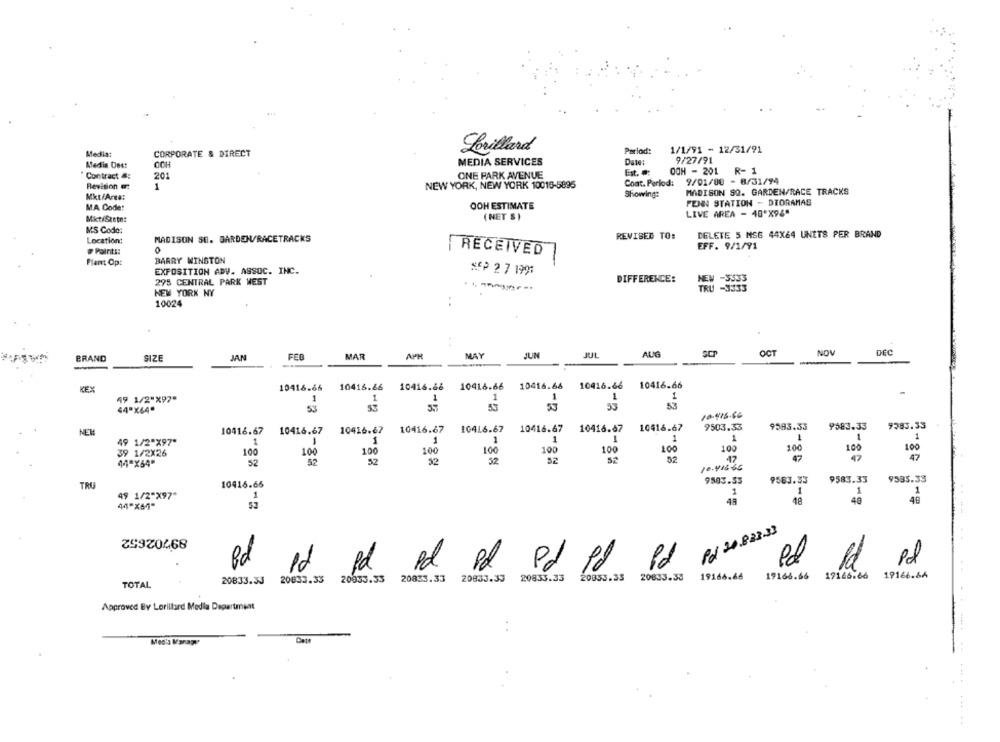
1/1/91 - 12/31/91
Media:
CORPORATE & DIRECT
Lorillard
Period:
OCH
MEDIA SERVICES
Date:
9/27/91
Medin Dest
OCH - 201
R- 1
Contract :
201
ONE PARK AVENUE
Ext. .
Revision :
1
NEW YORK, NEW YORK 10016-5895
Coat. Period:
9/01/00 - 8/31/94
Showing:
MADISON SQ. GARDEN/RACE TRACKS
Mkt/Area:
M.A. Code:
OOH ESTIMATE
PENN STATION - DIORAMAS
LIVE AREA - 40"X94"
Mkt/Szttnt
(NET S )
MS Code:
MADISON SO. GARDEN/RACETRACKS
REVISED TO:
DELETE 5 MSG 44X64 UNITS PER BRAND
Location:
# Point !:
0
EFF. 9/1/91
BARRY WINSTON
RECEIVED
Plant Op:
EXPOSITION ADV. ASSOC. INC.
SEP 2 7 1991
295 CENTRAL PARK WEST
DIFFERENCE:
NEW -3535
TRU -3333
NEW YORK NY
10024
BRAND
JAN
FEB
MAR
MAY
JUN
JUL
AUG
SCP
OCT
NOV
DEC
SIZE
10416.68
10416.66 10416.68 10416.66
10416.66
KEX
10416.66
10416.66
49 1/2"X97"
1
1
1
1
1
1
44"X64"
53
53
53
53
10.415.66
NEM
10416.67
10416.67
10416.67
10416.67
10416.67
10416.67
10416.67
10416.67
9503.33
9583.33
9583.33
9383.33
1
1
1
1
1
49 1/2"X97"
1
1
1
1
10€
100
39 1/2X26
100
100
100
100
100
100
100
100
100
100
52
52
32
32
52
12
47
47
47
44"X64"
52
10.416.65
9583.55
9583.33
9583.33
9585.33
TRU
10416.66
1
1
1
49 1/2"X97"
1
1
44"X64"
52
48
48
48
48
Pod 20.823.33
25920468
Pd
Pd
Pd
Pd
Pd Pd Pd
20833.3J 20833.33 20933.33 20835.33 20833.33 20833.33
20853.35
20833.38
19166.68
19166.66
17166.66
19166.66
TOTAL
Approved By Lorillard Media Department
Catt
Mes's Manage